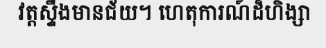
វត្តស្ទឹងមានជ័យ។ ហេតុការណ៍ដ៏ហិង្សា